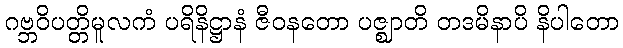
ဂဗ္ဘဝိပတ္တိမူလကံ ပရိနိဋ္ဌာနံ ဇီဝနတော ပဇ္ဈာတိ တဒမိနာပိ နိပါတော